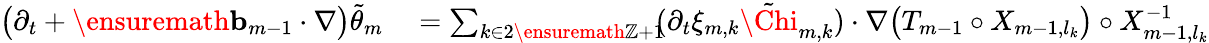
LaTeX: \begin{array}{rl}{\bigl(\partial_{t}+\ensuremath{\mathbf{b}}_{m-1}\cdot\nabla\bigr)\tilde{\theta}_{m}}&{{}=\sum_{k\in 2\ensuremath{\mathbb{Z}}+1}\! \! (\partial_{t}\xi_{m,k}\tilde{\Chi}_{m,k})\cdot\nabla\bigl(T_{m-1}\circ X_{m-1,l_{k}}\bigr)\circ X_{m-1,l_{k}}^{-1}}\end{array}